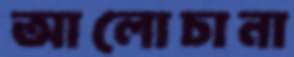
আলোচানা